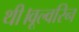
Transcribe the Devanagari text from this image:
थी।वूल्वरिन